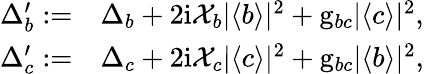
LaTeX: \begin{array}{rl}{\Delta_{b}^{\prime}:=}&{\Delta_{b}+2\mathrm{i}\mathcal{X}_{b}|\langle b\rangle|^{2}+\mathrm{g}_{bc}|\langle c\rangle|^{2},}\\ {\Delta_{c}^{\prime}:=}&{\Delta_{c}+2\mathrm{i}\mathcal{X}_{c}|\langle c\rangle|^{2}+\mathrm{g}_{bc}|\langle b\rangle|^{2},}\end{array}